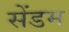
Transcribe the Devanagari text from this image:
सेंडम